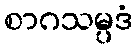
စာဂသမ္ပဒံ